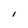
Character: l